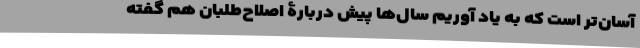
آسان‌تر است که به یاد آوریم سال‌ها پیش دربارۀ اصلاح‌طلبان هم گفته